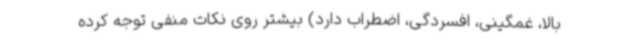
بالا، غمگینی، افسردگی، اضطراب دارد) بیشتر روی نکات منفی توجه کرده